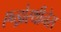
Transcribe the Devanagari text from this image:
एन्ड्रोस्थीनेस